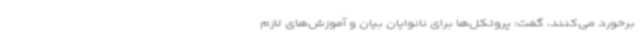
برخورد می‌کنند، گفت: پروتکل‌ها برای نانوایان بیان و آموزش‌های لازم